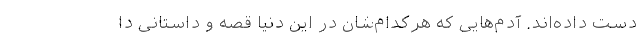
دست داده‌اند. آدم‌هایی که هرکدام‌شان در این دنیا قصه و داستانی دا